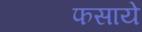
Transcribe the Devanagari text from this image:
फसाये